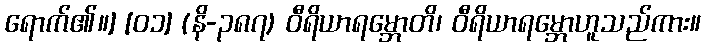
ရောက်၏။] [၀၁] (နိ-၃၈၇) ဝီရိယာရမ္ဘောတိ၊ ဝီရိယာရမ္ဘောဟူသည်ကား။